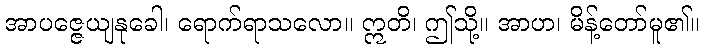
အာပဇ္ဇေယျနုခေါ၊ ရောက်ရာသလော။ ဣတိ၊ ဤသို့။ အာဟ၊ မိန့်တော်မူ၏။